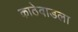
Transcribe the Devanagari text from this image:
काठेवाडला